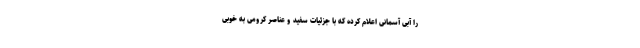
را آبی آسمانی اعلام کرده که با جزئیات سفید و عناصر کرومی به خوبی